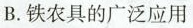
B.铁农具的广泛应用